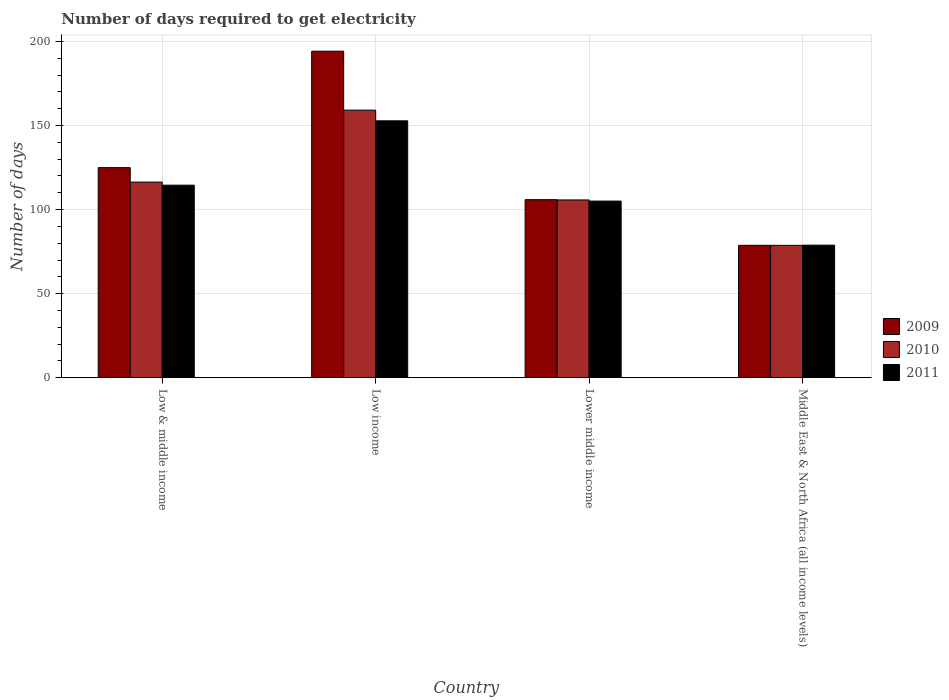
| Country | 2009 | 2010 | 2011 |
 | --- | --- | --- | --- |
 | Low & middle income | 125 | 116 | 115 |
 | Low income | 194 | 159 | 153 |
 | Lower middle income | 106 | 106 | 105 |
 | Middle East & North Africa (all income levels) | 78.7 | 78.7 | 78.8 |